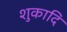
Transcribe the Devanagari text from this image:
शुकादि